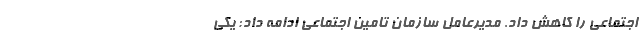
اجتماعی را کاهش داد. مدیرعامل سازمان تامین اجتماعی ادامه داد: یکی